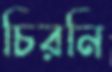
চিরনি